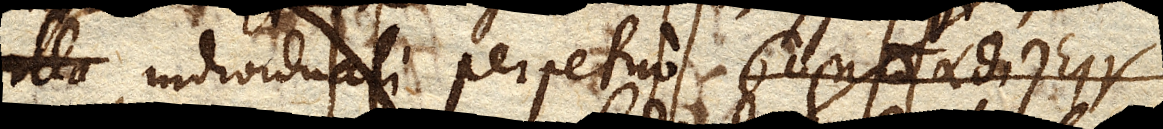
illa individuali perpetuo